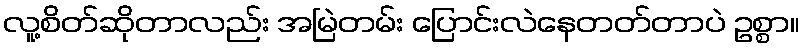
လူ့စိတ်ဆိုတာလည်း အမြဲတမ်း ပြောင်းလဲနေတတ်တာပဲ ဥစ္စာ။